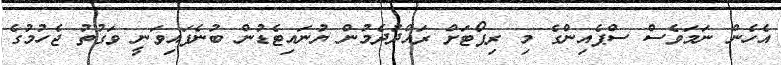
އެހެން ނަމަވެސް ސްޕެއިންގެ މި ރިޕޯޓަށް ރައްދުދެމުން ޔުނައިޓެޑުން ބުނެފައިވަނީ ވަގުތު ޖެހުމުގެ